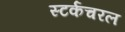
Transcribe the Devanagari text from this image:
स्टर्कचरल